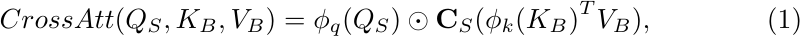
\begin{equation} \label{}
{ CrossAtt(Q_{S},K_{B},V_{B} ) =  \phi_q(Q_{S}) \odot \textbf{C}_S ( \phi_k{ (K_{B}) }^{T} V_{B} ),}
\end{equation}